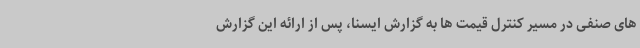
های صنفی در مسیر کنترل قیمت ها به گزارش ایسنا، پس از ارائه این گزارش